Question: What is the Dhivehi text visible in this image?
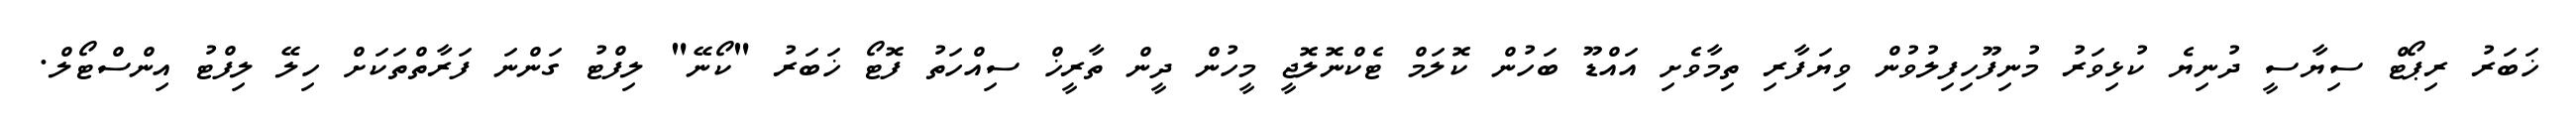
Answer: ޚަބަރު ރިޕޯޓް ސިޔާސީ ދުނިޔެ ކުޅިވަރު މުނިފޫހިފިލުވުން ވިޔަފާރި ތިމާވެށި އައްޑޫ ބަހުން ކޮލަމް ޓެކްނޮލޮޖީ މީހުން ދީން ތާރީޚް ސިއްހަތު ފޮޓޯ ޚަބަރު "ކޯނޭ" ލިފްޓު ގަންނަ ފަރާތްތަކަށް ހިލޭ ލިފްޓު އިންސްޓޯލް.